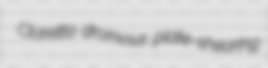
Claretta dromous plate-shearing